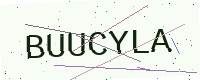
Text: BUUCYLA